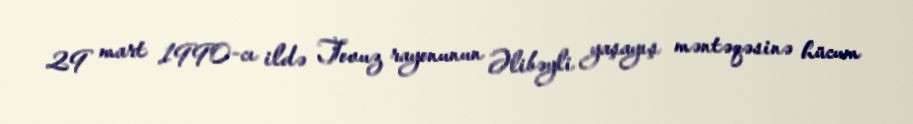
29 mart 1990-cı ildə Tovuz rayonunun Əlibəyli yaşayış məntəqəsinə hücum